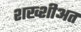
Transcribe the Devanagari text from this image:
शख्शीअत